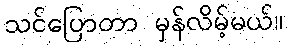
သင်ပြောတာ မှန်လိမ့်မယ်။